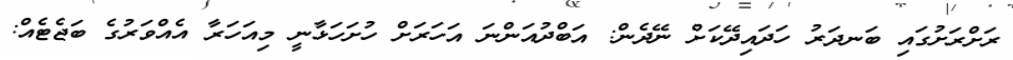
ރަށްރަށުގައި ބަނދަރު ހަދައިދޭކަށް ނޭދެން: އަބްދުއަންނަ އަހަރަށް ހުށަހަޅާނީ މިއަހަރާ އެއްވަރުގެ ބަޖެޓެއް: